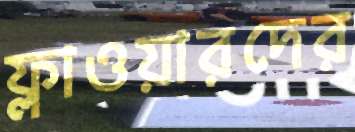
ফ্লাওয়ারদের